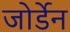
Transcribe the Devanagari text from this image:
जोर्डेन